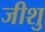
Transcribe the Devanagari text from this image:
जीशु